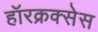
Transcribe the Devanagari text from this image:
हॉरक्रक्सेस